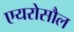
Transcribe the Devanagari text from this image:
एयरोसौल